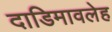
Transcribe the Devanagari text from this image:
दाडिमावलेह